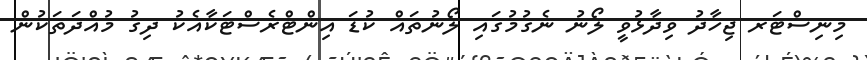
މިނިސްޓަރ ޖިހާދު ވިދާޅުވީ ލޯނު ނެގުމުގައި ލޯނުތައް ކުޑަ އިންޓްރެސްޓަކާއެކު ދިގު މުއްދަތަކުން